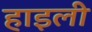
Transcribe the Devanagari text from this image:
हाइली